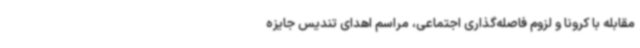
مقابله با کرونا و لزوم فاصله‌گذاری اجتماعی، مراسم اهدای تندیس جایزه